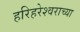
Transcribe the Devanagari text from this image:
हरिहरेश्‍वराच्या